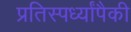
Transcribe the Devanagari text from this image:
प्रतिस्पर्ध्यांपैकी